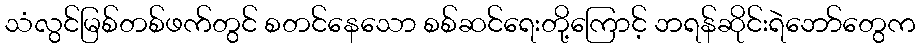
သံလွင်မြစ်တစ်ဖက်တွင် စတင်နေသော စစ်ဆင်ရေးတို့ကြောင့် ဘရန်ဆိုင်းရဲဘော်တွေက